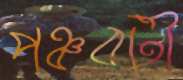
পঞ্চবটী